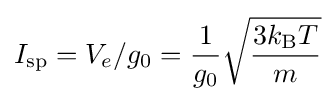
I_{\text{sp}}=V_{e}/g_{0}={\frac {1}{g_{0}}}{\sqrt {\frac {3k_{\text{B}}T}{m}}}